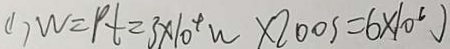
( 1 ) W = P t = 3 \times 1 0 ^ { 4 } w \times 2 0 0 s = 6 \times 1 0 ^ { 6 } J